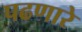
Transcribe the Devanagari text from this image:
पढणारे